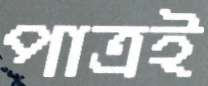
পাত্রই